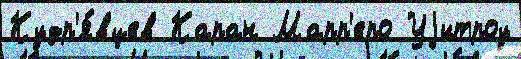
Кудр'я́вцев Каран Марр'еро Уjитроу